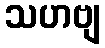
သဟဗျ